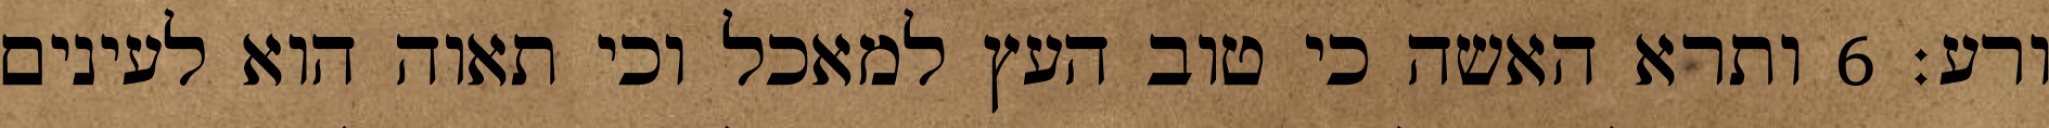
ורע׃ ‎6‏ ותרא האשה כי טוב העץ למאכל וכי תאוה הוא לעינים